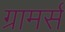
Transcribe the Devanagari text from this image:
ग्रामर्स